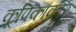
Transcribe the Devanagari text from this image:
कूपिकाकार